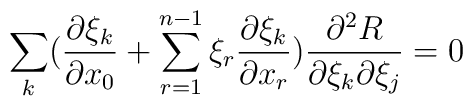
\sum_{k}(\frac {\partial \xi_{k}}{\partial x_0}+\sum_{r=1}^{n-1}\xi_{r} \frac {\partial \xi_{k}}{\partial x_{r}})\frac {\partial^2 R}{\partial \xi_{k}\partial\xi_{j}}=0